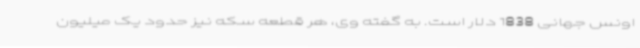
اونس جهانی 1838 دلار است. به گفته وی، هر قطعه سکه نیز حدود یک میلیون